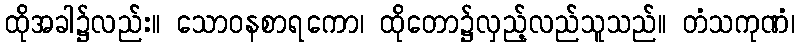
ထိုအခါ၌လည်း။ သောဝနစာရကော၊ ထိုတော၌လှည့်လည်သူသည်။ တံသကုဏံ၊